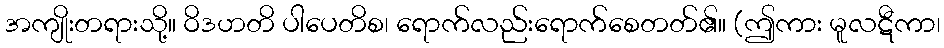
အကျိုးတရားသို့။ ဝိဒဟတိ ပါပေတိစ၊ ရောက်လည်းရောက်စေတတ်၏။ (ဤကား မူလဋီကာ၊